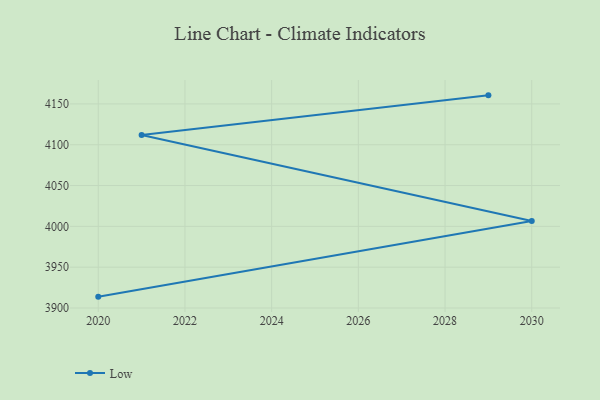
{"axis": {"x": "Year", "y": "Website Visitors"}, "legend": ["Low"], "data": [{"x": "2029", "y": 4160.5, "type": "Low"}, {"x": "2021", "y": 4111.8, "type": "Low"}, {"x": "2030", "y": 4006.7, "type": "Low"}, {"x": "2020", "y": 3913.9, "type": "Low"}]}